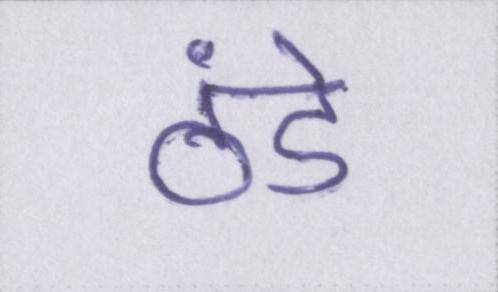
ठंडे